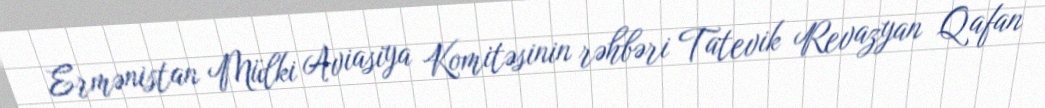
Ermənistan Mülki Aviasiya Komitəsinin rəhbəri Tatevik Revazyan Qafan